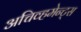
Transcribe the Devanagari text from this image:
अचिव्हमेन्ट्स